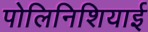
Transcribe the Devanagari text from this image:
पोलिनिशियाई